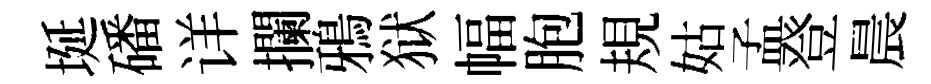
埏磻详攔鴉狱幅胞規姑孟登晨